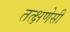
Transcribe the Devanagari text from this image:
तत्क्षणेसी